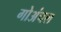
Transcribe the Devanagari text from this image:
गोअंचल